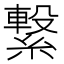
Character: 繋